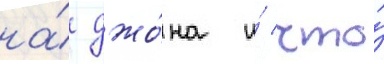
на́ джо́на и́ что́